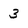
Character: 3